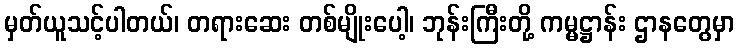
မှတ်ယူသင့်ပါတယ်၊ တရားဆေး တစ်မျိုးပေါ့၊ ဘုန်းကြီးတို့ ကမ္မဋ္ဌာန်း ဌာနတွေမှာ